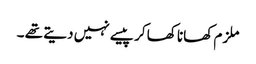
ملزم کھانا کھا کر پیسے نہیں دیتے تھے ۔